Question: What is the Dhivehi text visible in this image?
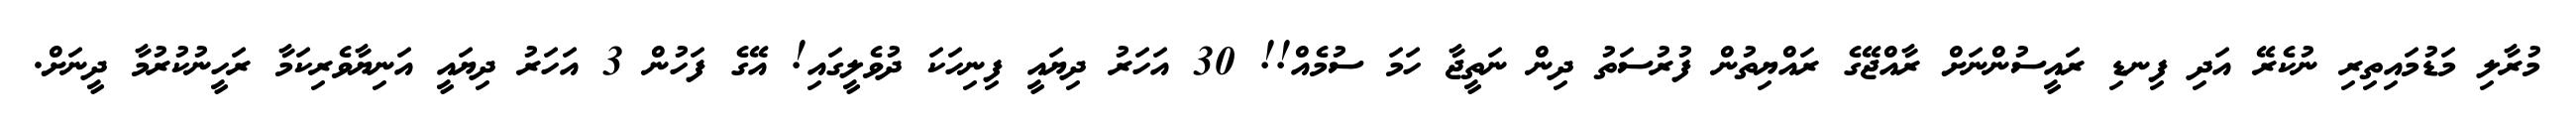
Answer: މުރާލި މަޑުމައިތިރި ނުކެރޭ އަދި ފިނޑި ރައީސުންނަށް ރާއްޖޭގެ ރައްޔިތުން ފުރުސަތު ދިން ނަތީޖާ ހަމަ ސުމެއް!! 30 އަހަރު ދިޔައީ ފިނިހަކަ ދުވެލީގައި! އޭގެ ފަހުން 3 އަހަރު ދިޔައީ އަނިޔާވެރިކަމާ ރަހީނުކުރުމާ ދީނަށް.